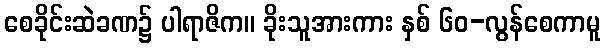
စေခိုင်းဆဲခဏ၌ ပါရာဇိက။ ခိုးသူအားကား နှစ် ၆၀-လွန်စေကာမူ